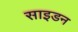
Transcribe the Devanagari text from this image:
साइडन